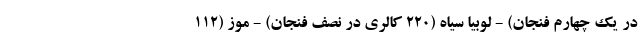
در یک چهارم فنجان) - لوبیا سیاه (220 کالری در نصف فنجان) - موز (112